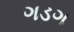
ગડગ